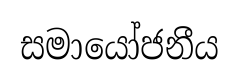
සමායෝජනීය